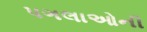
પગલાઓની